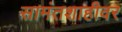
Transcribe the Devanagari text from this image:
सामंतशाहीवर